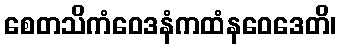
စေတသိကံဝေဒနံကထံနဝေဒေတိ၊